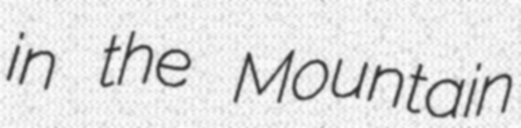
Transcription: in the Mountain